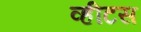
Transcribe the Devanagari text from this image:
व्हीटस